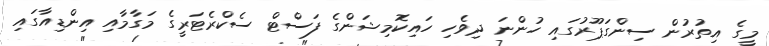
މީގެ އިތުރުން ސިންގަޕޫރުގައި ހުންނަ ދިވެހި ހައިކޮމިޝަންގެ ފަސްޓް ސެކްރެޓަރީގެ މަގާމާއި އިންޑިއާގައި